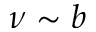
\nu \sim b